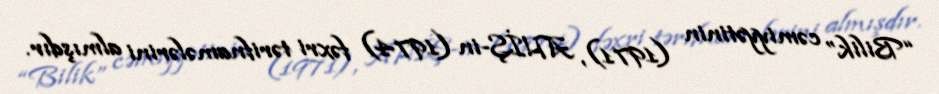
“Bilik” cəmiyyətinin (1971), AHİŞ-in (1974) fəxri tərifnamələrini almışdır.